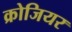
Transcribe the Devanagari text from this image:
क्रोजियर